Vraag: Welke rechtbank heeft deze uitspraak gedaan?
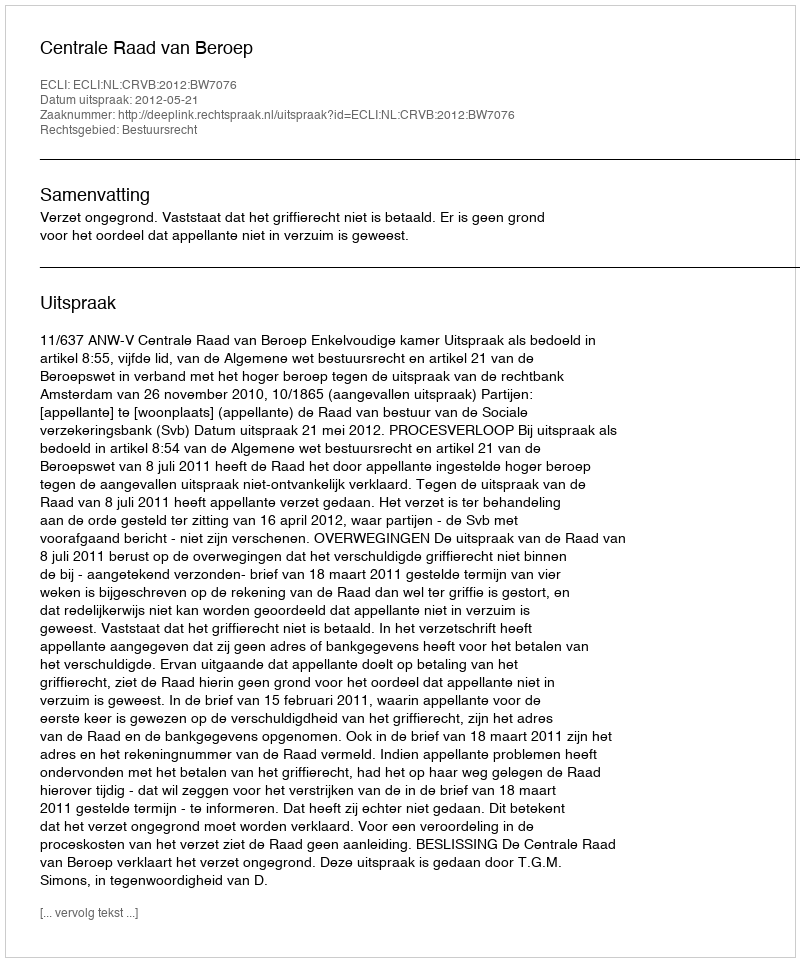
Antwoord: Centrale Raad van Beroep